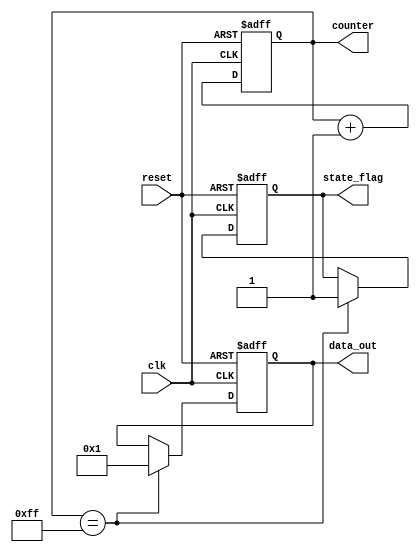
module ClockCycleInitialization (
    input wire clk,        // Clock signal
    input wire reset,      // Reset signal
    output reg [7:0] counter, // Example state variable (8-bit counter)
    output reg state_flag,  // Example state flag
    output reg [15:0] data_out // Example output data
);

// Initializing internal states
initial begin
    counter = 8'd0;        // Initialize counter to 0
    state_flag = 1'b0;     // Initialize state flag to 0
    data_out = 16'd0;      // Initialize data output to 0
end

// Asynchronous reset logic
always @(posedge clk or posedge reset) begin
    if (reset) begin
        // Reset internal states
        counter <= 8'd0;    // Reset counter
        state_flag <= 1'b0;  // Reset state flag
        data_out <= 16'd0;   // Reset output data
    end else begin
        // Normal operation when not in reset
        counter <= counter + 1; // Increment counter
        // Additional operations can be added here
        // Example: Update data_out or change state_flag based on conditions
        if (counter == 8'd255) begin
            state_flag <= 1'b1; // Set state_flag based on counter condition
            data_out <= 16'd1;  // Example operation to set data_out
        end
    end
end

endmodule